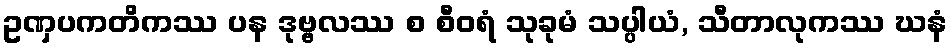
ဥဏှပကတိကဿ ပန ဒုဗ္ဗလဿ စ စီဝရံ သုခုမံ သပ္ပါယံ, သီတာလုကဿ ဃနံ